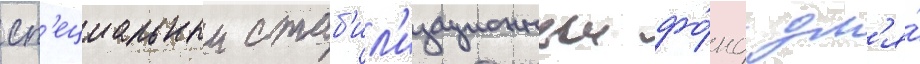
сп'ециальныи стаб'ил'изационныи фо́нд дл'я́